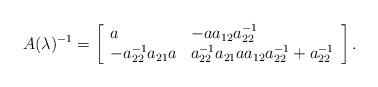
LaTeX: \begin{align*}A(\lambda)^{-1}=\left[\begin{array}{ll}a & -aa_{12}a_{22}^{-1}\\-a_{22}^{-1}a_{21}a & a_{22}^{-1}a_{21} a a_{12} a_{22}^{-1}+a_{22}^{-1}\end{array}\right].\end{align*}